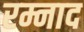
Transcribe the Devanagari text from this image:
रम्नाद